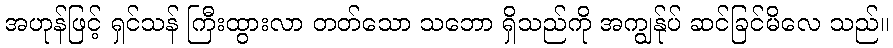
အဟုန်ဖြင့် ရှင်သန် ကြီးထွားလာ တတ်သော သဘော ရှိသည်ကို အကျွန်ုပ် ဆင်ခြင်မိလေ သည်။